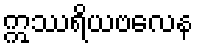
ဣဿရိယဗလေန